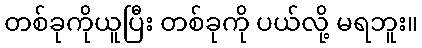
တစ်ခုကိုယူပြီး တစ်ခုကို ပယ်လို့ မရဘူး။